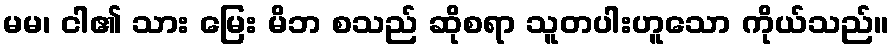
မမ၊ ငါ၏ သား မြေး မိဘ စသည် ဆိုစရာ သူတပါးဟူသော ကိုယ်သည်။